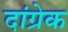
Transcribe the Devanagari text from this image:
दांग्रेक